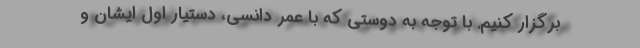
برگزار کنیم. با توجه به دوستی که با عمر دانسی، دستیار اول ایشان و